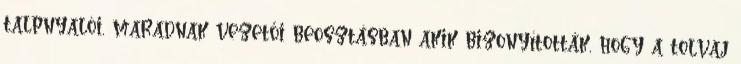
talpnyalói, maradnak vezetői beosztásban akik bizonyították, hogy a tolvaj